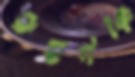
রুহুলকে